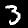
Digit: 3